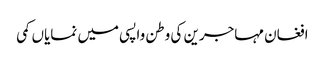
افغان مہاجرین کی وطن واپسی میں نمایاں کمی